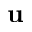
{ \bf u }